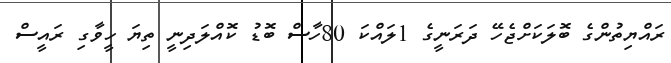
ރައްޔިތުންގެ ބޮލަކަށްޖެހޭ ދަރަނީގެ 1ލައްކަ 80ހާސް ބޮޑު ކޮއްލަދިނީ ތިޔަ ހީވާގި ރައީސް